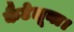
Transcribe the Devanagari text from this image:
कैटेलूना।